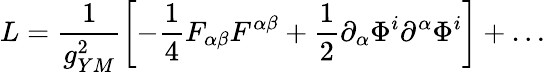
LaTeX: L=\frac{1}{g_{YM}^{2}}\left[-\frac{1}{4}F_{\alpha\beta}F^{\alpha\beta}+\frac{1}{2}\partial_{\alpha}\Phi^{i}\partial^{\alpha}\Phi^{i}\right]+\dots